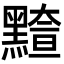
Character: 𪒇